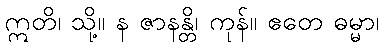
ဣတိ၊ သို့။ န ဇာနန္တိ၊ ကုန်။ ဧတေ ဓမ္မာ၊